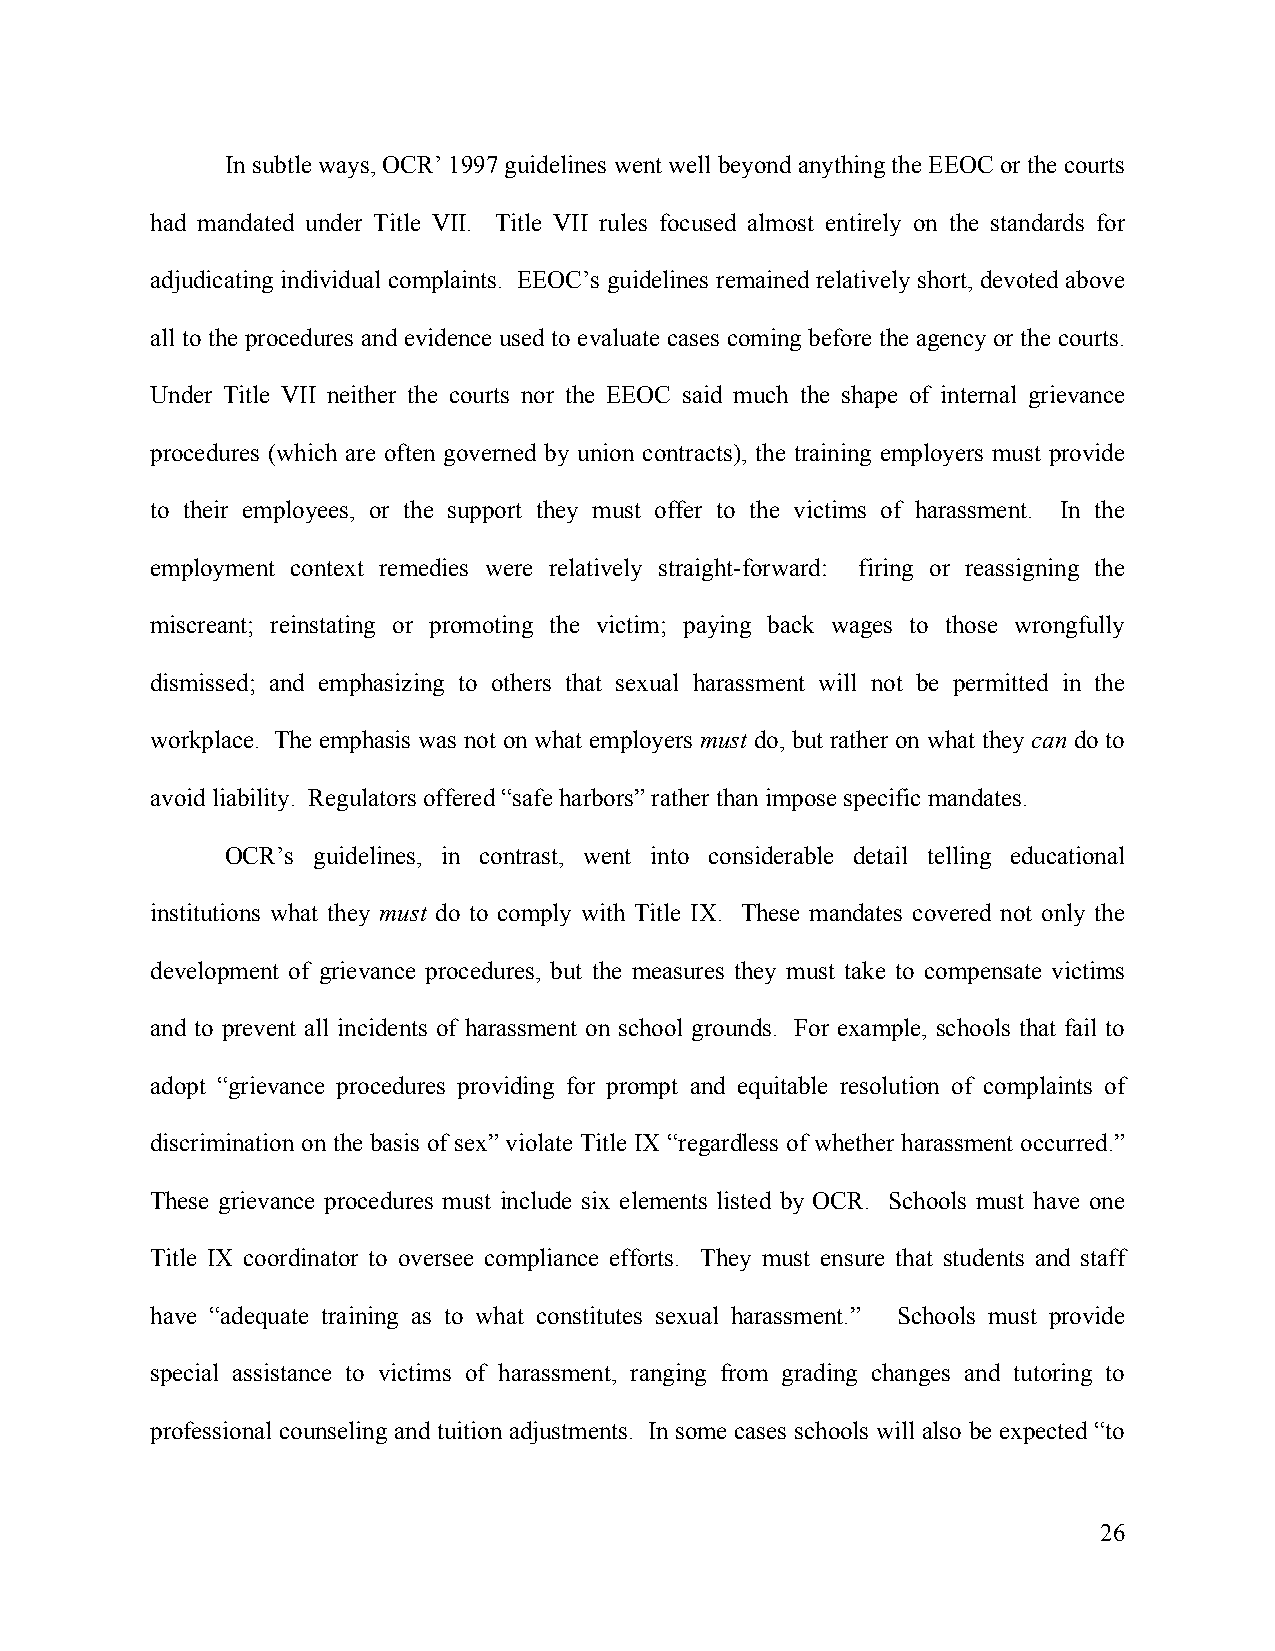
In subtle ways, OCR’ 1997 guidelines went well beyond anything the EEOC or the courts
 had mandated under Title VII. Title VII rules focused almost entirely on the standards for
 adjudicating individual complaints. EEOC’s guidelines remained relatively short, devoted above
 all to the procedures and evidence used to evaluate cases coming before the agency or the courts.
 Under Title VII neither the courts nor the EEOC said much the shape of internal grievance
 procedures (which are often governed by union contracts), the training employers must provide
 to their employees, or the support they must offer to the victims of harassment. In the
 employment context remedies were relatively straight-forward: firing or reassigning the
 miscreant; reinstating or promoting the victim; paying back wages to those wrongfully
 dismissed; and emphasizing to others that sexual harassment will not be permitted in the
 workplace. The emphasis was not on what employers must do, but rather on what they can do to
 avoid liability. Regulators offered “safe harbors” rather than impose specific mandates.
 OCR’s guidelines, in contrast, went into considerable detail telling educational
 institutions what they must do to comply with Title IX. These mandates covered not only the
 development of grievance procedures, but the measures they must take to compensate victims
 and to prevent all incidents of harassment on school grounds. For example, schools that fail to
 adopt “grievance procedures providing for prompt and equitable resolution of complaints of
 discrimination on the basis of sex” violate Title IX “regardless of whether harassment occurred.”
 These grievance procedures must include six elements listed by OCR. Schools must have one
 Title IX coordinator to oversee compliance efforts. They must ensure that students and staff
 have “adequate training as to what constitutes sexual harassment.” Schools must provide
 special assistance to victims of harassment, ranging from grading changes and tutoring to
 professional counseling and tuition adjustments. In some cases schools will also be expected “to
 26